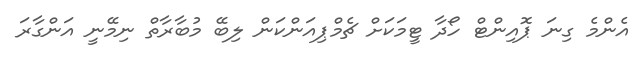
އެންމެ ގިނަ ޕޮއިންޓް ހޯދާ ޓީމަކަށް ޗެމްޕިއަންކަން ލިބޭ މުބާރާތް ނިމޭނީ އަންގާރަ